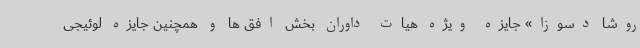
روشا دسوزا» جایزه ویژه هیات داوران بخش افق ها و همچنین جایزه لوئیجی